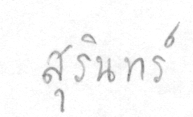
สุรินทร์